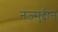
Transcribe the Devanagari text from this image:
नज़्मुद्दीन